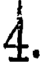
4.